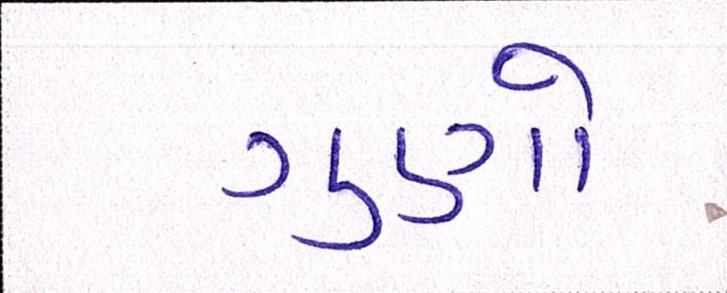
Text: ગુણો